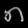
Digit: ၈